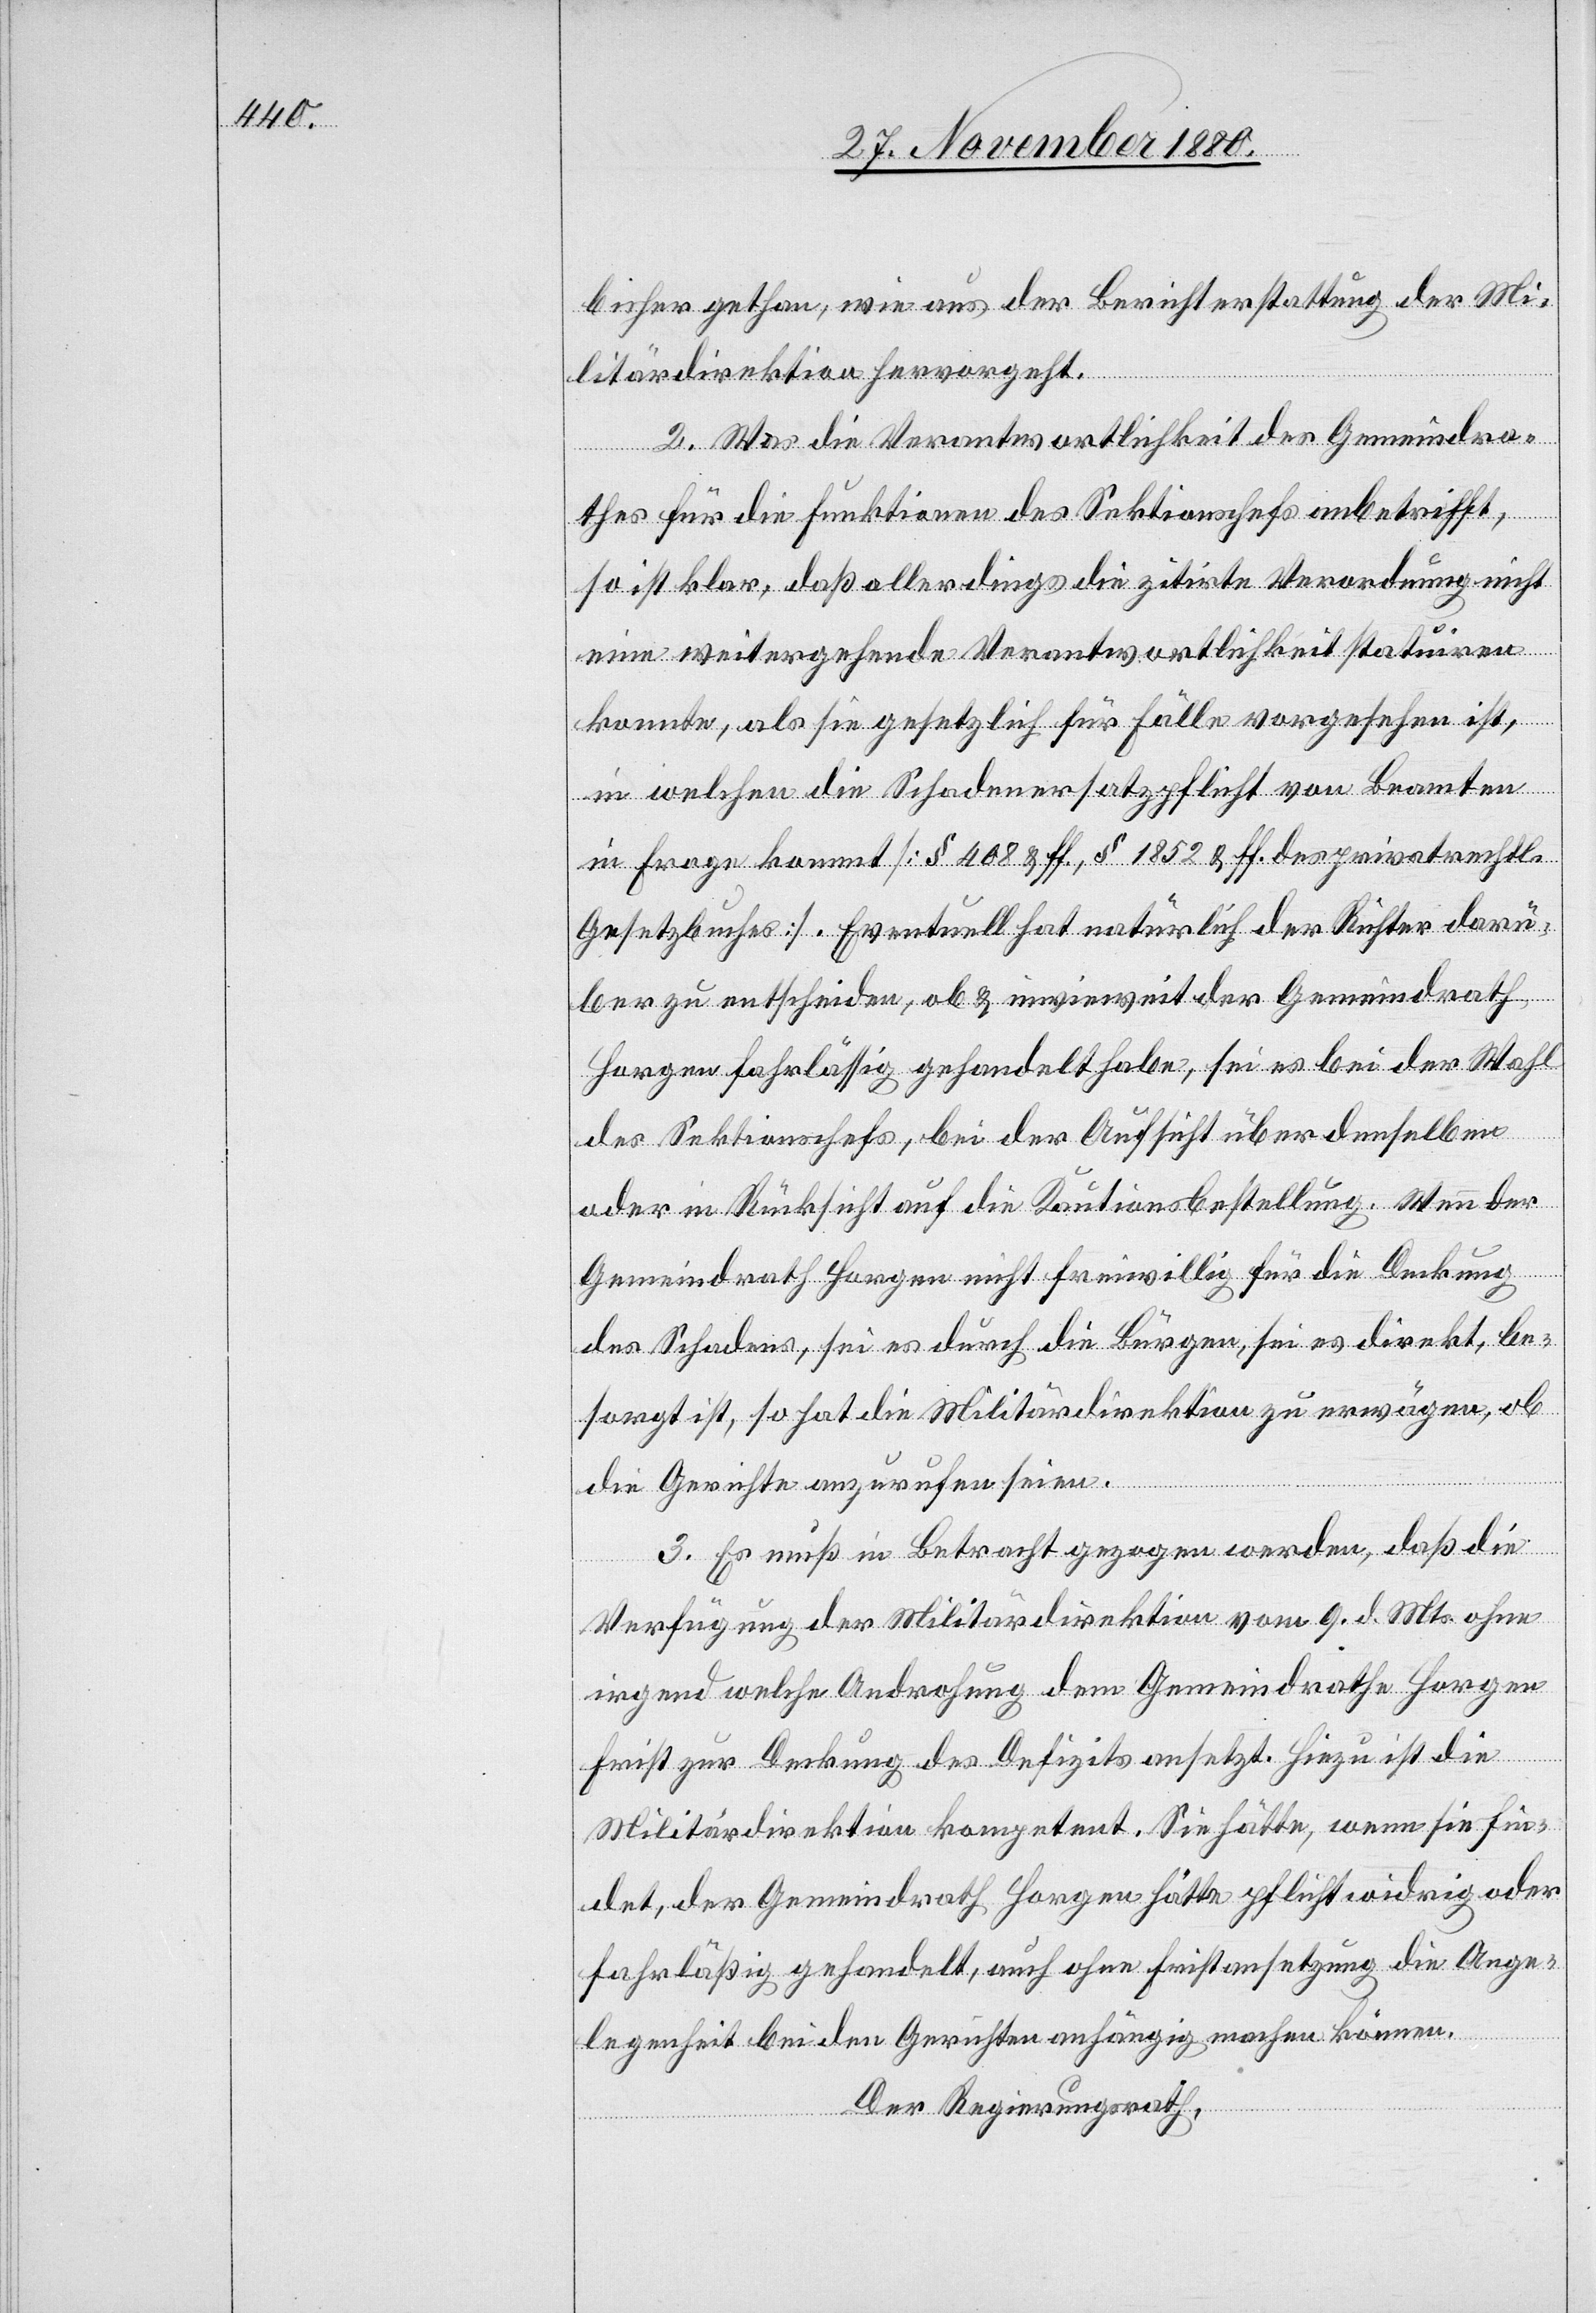
bisher gethan, wie aus der Berichterstattung der Mi¬
litärdirektion hervorgeht.
2. Was die Verantwortlichkeit des Gemeindra¬
thes für die Funktionen des Sektionschefs anbetrifft,
so ist klar, daß allerdings die zitirte Verordnung nicht
eine weitergehende Verantwortlichkeit statuiren
konnte, als sie gesetzlich für Fälle vorgesehen ist,
in welchen die Schadenersatzpflicht von Beamten
in Frage kommt [§ 408 & ff., § 1852 & ff. des privatrechtl.
Gesetzbuches]. Eventuell hat natürlich der Richter darü¬
ber zu entscheiden, ob & inwieweit der Gemeindrath
Horgen fahrlässig gehandelt habe, sei es bei der Wahl
des Sektionschefs, bei der Aufsicht über denselben
oder in Rücksicht auf die Kautionsbestellung. Wenn der
Gemeindrath Horgen nicht freiwillig für die Deckung
des Schadens, sei es durch die Bürgen, sei es direkt, be¬
sorgt ist, so hat die Militärdirektion zu erwägen, ob
die Gerichte anzurufen seien.
3. Es muß in Betracht gezogen werden, daß die
Verfügung der Militärdirektion vom 9. d. Mts. ohne
irgend welche Androhung dem Gemeindrathe Horgen
Frist zur Deckung des Defizits ansetzt. Hiezu ist die
Militärdirektion kompetent. Sie hätte, wenn sie fin¬
det, der Gemeindrath Horgen hätte pflichtwidrig oder
fahrläßig gehandelt, auch ohne Fristansetzung die Ange¬
legenheit bei den Gerichten anhängig machen können.
Der Regierungsrath,